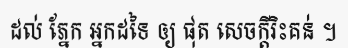
ដល់ ភ្នែក អ្នកដទៃ ឲ្យ ផុត សេចក្តីរិះគន់ ។